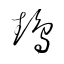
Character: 鵡